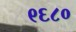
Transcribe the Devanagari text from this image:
९६८०